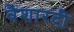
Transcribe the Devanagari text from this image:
वैशारदी